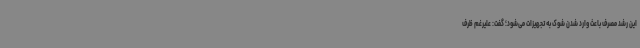
این رشد مصرف باعث وارد شدن شوک به تجهیزات می‌شود؛ گفت: علیرغم ظرف